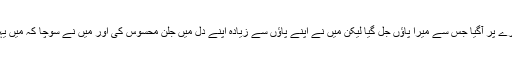
ہم ایک دکان پر نقب زنی کے لیے نکلے تھے جب ہم یہاں پہنچے تو میرا پاؤں ایک جلتے ہوئے انگارے پر آگیا جس سے میرا پاؤں جل گیا لیکن میں نے اپنے پاؤں سے زیادہ اپنے دل میں جلن محسوس کی اور میں نے سوچا کہ میں یہاں پر دنیا کی حقیر سی آگ کو برداشت نہیں کر سکتا تو میں آخرت کی آگ کیسے برداشت کروں گا ۔